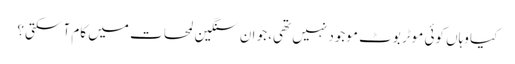
کیا وہاں کوئی موٹر بوٹ موجود نہیں تھی، جو ان سنگین لمحات میں کام آ سکتی؟